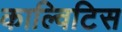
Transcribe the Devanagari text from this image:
काल्विटिस